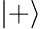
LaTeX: |+\rangle